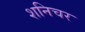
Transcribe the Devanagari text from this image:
शनिचर